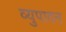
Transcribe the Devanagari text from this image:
व्युपादन